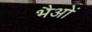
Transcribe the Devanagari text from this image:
भैओं